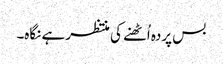
بس پردہ اُٹھنے کی منتظر ہے نگاہ۔